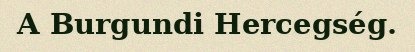
A Burgundi Hercegség.